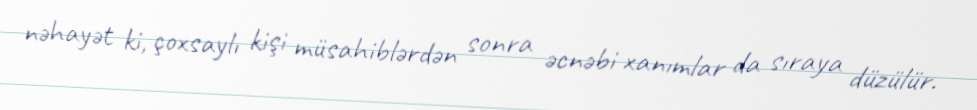
nəhayət ki, çoxsaylı kişi müsahiblərdən sonra əcnəbi xanımlar da sıraya düzülür.